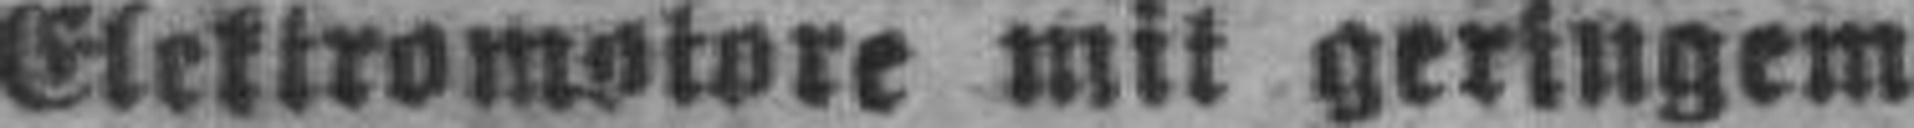
Elektromotore mit geringem